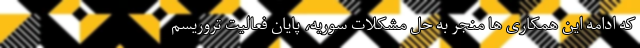
که ادامه این همکاری ها منجر به حل مشکلات سوریه، پایان فعالیت تروریسم